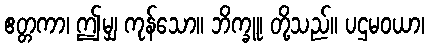
ဧတ္တကာ၊ ဤမျှ ကုန်သော။ ဘိက္ခူ၊ တို့သည်။ ပဌမဝယာ၊